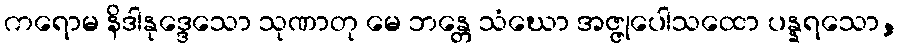
ကရောမ နိဒါနုဒ္ဒေသော သုဏာတု မေ ဘန္တေ သံဃော အဇ္ဇုပေါသထော ပန္နရသော,